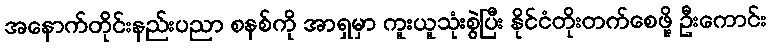
အနောက်တိုင်းနည်းပညာ စနစ်ကို အာရှမှာ ကူးယူသုံးစွဲပြီး နိုင်ငံတိုးတက်စေဖို့ ဦးကောင်း